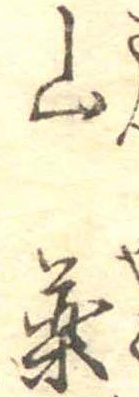
山薬